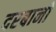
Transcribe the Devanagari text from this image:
दरबानों